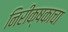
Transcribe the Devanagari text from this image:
निरीक्षकाचा